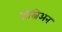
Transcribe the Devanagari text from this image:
बोस्निअन